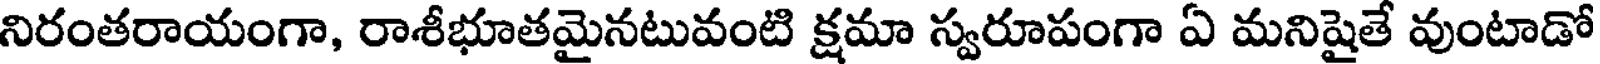
నిరంతరాయంగా, రాశీభూతమైనటువంటి క్షమా స్వరూపంగా ఏ మనిషైతే వుంటాడో